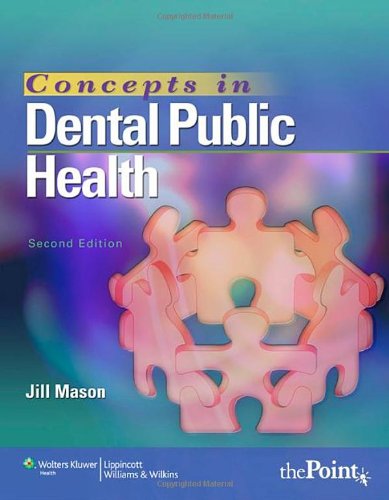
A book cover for Concepts in Dental Public Health; Jill Mason MPH  RDH; Medical Books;